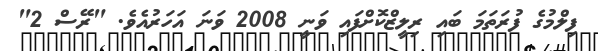
ފިލްމުގެ ފުރަތަމަ ބައި ރިލީޒްކޮށްފައި ވަނީ 2008 ވަނަ އަހަރުއެވެ. "ރޭސް 2"